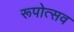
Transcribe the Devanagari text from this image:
रूपोत्सव